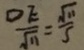
\frac { D E } { \sqrt { 1 1 } } = \frac { \sqrt { 1 1 } } { 5 }